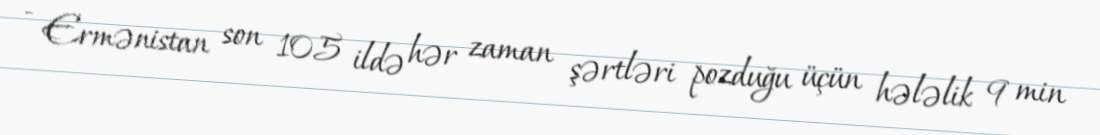
- Ermənistan son 105 ildə hər zaman şərtləri pozduğu üçün hələlik 9 min